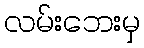
လမ်းဘေးမှ